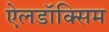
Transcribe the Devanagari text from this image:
ऐलडॉक्सिम